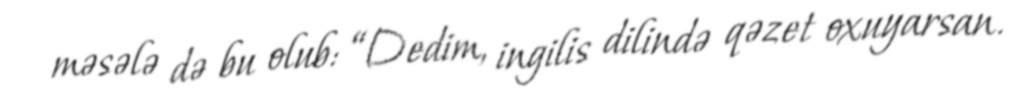
məsələ də bu olub: “Dedim, ingilis dilində qəzet oxuyarsan.